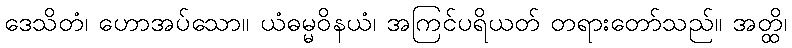
ဒေသိတံ၊ ဟောအပ်သော။ ယံဓမ္မဝိနယံ၊ အကြင်ပရိယတ် တရားတော်သည်။ အတ္ထိ၊